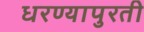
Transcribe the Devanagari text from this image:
धरण्यापुरती